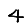
Digit: 4